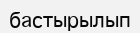
бастырылып